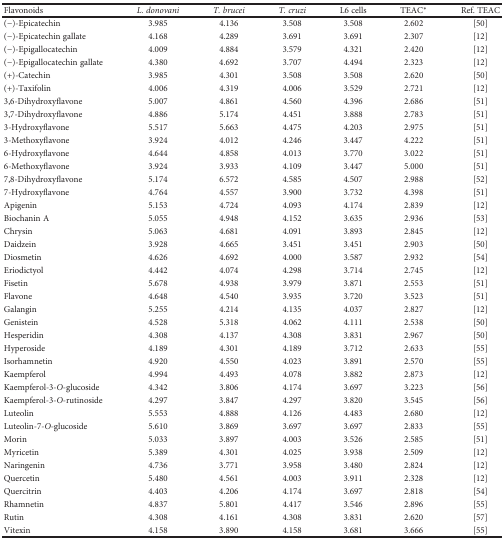
<table><thead><tr><td><b>Flavonoids</b></td><td><b><i>L. donovani</i></b></td><td><b><i>T. brucei</i></b></td><td><b><i>T. cruzi</i></b></td><td><b>L6 cells</b></td><td><b>TEAC<sup>∗</sup></b></td><td><b>Ref. TEAC</b></td></tr></thead><tbody><tr><td>(−)-Epicatechin</td><td>3.985</td><td>4.136</td><td>3.508</td><td>3.508</td><td>2.602</td><td>[50]</td></tr><tr><td>(−)-Epicatechin gallate</td><td>4.168</td><td>4.289</td><td>3.691</td><td>3.691</td><td>2.307</td><td>[12]</td></tr><tr><td>(−)-Epigallocatechin</td><td>4.009</td><td>4.884</td><td>3.579</td><td>4.321</td><td>2.420</td><td>[12]</td></tr><tr><td>(−)-Epigallocatechin gallate</td><td>4.380</td><td>4.692</td><td>3.707</td><td>4.494</td><td>2.323</td><td>[12]</td></tr><tr><td>(+)-Catechin</td><td>3.985</td><td>4.301</td><td>3.508</td><td>3.508</td><td>2.620</td><td>[50]</td></tr><tr><td>(+)-Taxifolin</td><td>4.006</td><td>4.319</td><td>4.006</td><td>3.529</td><td>2.721</td><td>[12]</td></tr><tr><td>3,6-Dihydroxyflavone</td><td>5.007</td><td>4.861</td><td>4.560</td><td>4.396</td><td>2.686</td><td>[51]</td></tr><tr><td>3,7-Dihydroxyflavone</td><td>4.886</td><td>5.174</td><td>4.451</td><td>3.888</td><td>2.783</td><td>[51]</td></tr><tr><td>3-Hydroxyflavone</td><td>5.517</td><td>5.663</td><td>4.475</td><td>4.203</td><td>2.975</td><td>[51]</td></tr><tr><td>3-Methoxyflavone</td><td>3.924</td><td>4.012</td><td>4.246</td><td>3.447</td><td>4.222</td><td>[51]</td></tr><tr><td>6-Hydroxyflavone</td><td>4.644</td><td>4.858</td><td>4.013</td><td>3.770</td><td>3.022</td><td>[51]</td></tr><tr><td>6-Methoxyflavone</td><td>3.924</td><td>3.933</td><td>4.109</td><td>3.447</td><td>5.000</td><td>[51]</td></tr><tr><td>7,8-Dihydroxyflavone</td><td>5.174</td><td>6.572</td><td>4.585</td><td>4.507</td><td>2.988</td><td>[52]</td></tr><tr><td>7-Hydroxyflavone</td><td>4.764</td><td>4.557</td><td>3.900</td><td>3.732</td><td>4.398</td><td>[51]</td></tr><tr><td>Apigenin</td><td>5.153</td><td>4.724</td><td>4.093</td><td>4.174</td><td>2.839</td><td>[12]</td></tr><tr><td>Biochanin A</td><td>5.055</td><td>4.948</td><td>4.152</td><td>3.635</td><td>2.936</td><td>[53]</td></tr><tr><td>Chrysin</td><td>5.063</td><td>4.681</td><td>4.091</td><td>3.893</td><td>2.845</td><td>[12]</td></tr><tr><td>Daidzein</td><td>3.928</td><td>4.665</td><td>3.451</td><td>3.451</td><td>2.903</td><td>[50]</td></tr><tr><td>Diosmetin</td><td>4.626</td><td>4.692</td><td>4.000</td><td>3.587</td><td>2.932</td><td>[54]</td></tr><tr><td>Eriodictyol</td><td>4.442</td><td>4.074</td><td>4.298</td><td>3.714</td><td>2.745</td><td>[12]</td></tr><tr><td>Fisetin</td><td>5.678</td><td>4.938</td><td>3.979</td><td>3.871</td><td>2.553</td><td>[51]</td></tr><tr><td>Flavone</td><td>4.648</td><td>4.540</td><td>3.935</td><td>3.720</td><td>3.523</td><td>[51]</td></tr><tr><td>Galangin</td><td>5.255</td><td>4.214</td><td>4.135</td><td>4.037</td><td>2.827</td><td>[12]</td></tr><tr><td>Genistein</td><td>4.528</td><td>5.318</td><td>4.062</td><td>4.111</td><td>2.538</td><td>[50]</td></tr><tr><td>Hesperidin</td><td>4.308</td><td>4.137</td><td>4.308</td><td>3.831</td><td>2.967</td><td>[50]</td></tr><tr><td>Hyperoside</td><td>4.189</td><td>4.301</td><td>4.189</td><td>3.712</td><td>2.633</td><td>[55]</td></tr><tr><td>Isorhamnetin</td><td>4.920</td><td>4.550</td><td>4.023</td><td>3.891</td><td>2.570</td><td>[55]</td></tr><tr><td>Kaempferol</td><td>4.994</td><td>4.493</td><td>4.078</td><td>3.882</td><td>2.873</td><td>[12]</td></tr><tr><td>Kaempferol-3-<i>O</i>-glucoside</td><td>4.342</td><td>3.806</td><td>4.174</td><td>3.697</td><td>3.223</td><td>[56]</td></tr><tr><td>Kaempferol-3-<i>O</i>-rutinoside</td><td>4.297</td><td>3.847</td><td>4.297</td><td>3.820</td><td>3.545</td><td>[56]</td></tr><tr><td>Luteolin</td><td>5.553</td><td>4.888</td><td>4.126</td><td>4.483</td><td>2.680</td><td>[12]</td></tr><tr><td>Luteolin-7-<i>O</i>-glucoside</td><td>5.610</td><td>3.869</td><td>3.697</td><td>3.697</td><td>2.833</td><td>[55]</td></tr><tr><td>Morin</td><td>5.033</td><td>3.897</td><td>4.003</td><td>3.526</td><td>2.585</td><td>[51]</td></tr><tr><td>Myricetin</td><td>5.389</td><td>4.301</td><td>4.025</td><td>3.938</td><td>2.509</td><td>[12]</td></tr><tr><td>Naringenin</td><td>4.736</td><td>3.771</td><td>3.958</td><td>3.480</td><td>2.824</td><td>[12]</td></tr><tr><td>Quercetin</td><td>5.480</td><td>4.561</td><td>4.003</td><td>3.911</td><td>2.328</td><td>[12]</td></tr><tr><td>Quercitrin</td><td>4.403</td><td>4.206</td><td>4.174</td><td>3.697</td><td>2.818</td><td>[54]</td></tr><tr><td>Rhamnetin</td><td>4.837</td><td>5.801</td><td>4.417</td><td>3.546</td><td>2.896</td><td>[55]</td></tr><tr><td>Rutin</td><td>4.308</td><td>4.161</td><td>4.308</td><td>3.831</td><td>2.620</td><td>[57]</td></tr><tr><td>Vitexin</td><td>4.158</td><td>3.890</td><td>4.158</td><td>3.681</td><td>3.666</td><td>[55]</td></tr></tbody></table>